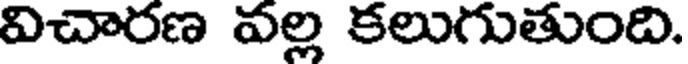
విచారణ వల్ల కలుగుతుంది.